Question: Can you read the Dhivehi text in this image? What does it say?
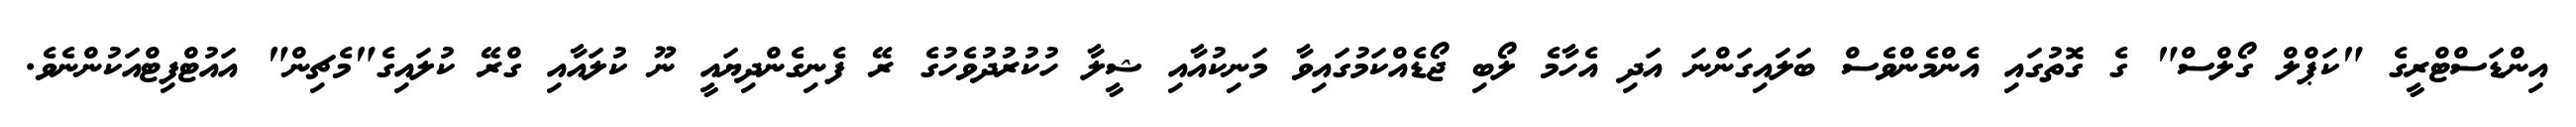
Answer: އިންޑަސްޓްރީގެ "ކަޕްލް ގޯލްސް" ގެ ގޮތުގައި އެންމެންވެސް ބަލައިގަންނަ އަދި އެހާމެ ލޯބި ޖޯޑެއްކަމުގައިވާ މަނިކުއާއި ޝީލާ ހުކުރުދުވެހުގެ ރޭ ފެނިގެންދިޔައީ ނޫ ކުލައާއި ގްރޭ ކުލައިގެ"މެޗިން" އައުޓްފިޓްއަކުންނެވެ.